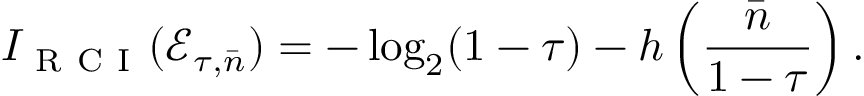
I _ { \mathrm { ~ R ~ C ~ I ~ } } ( \mathcal { E } _ { \tau , \bar { n } } ) = - \log _ { 2 } ( 1 - \tau ) - h \left( \frac { \bar { n } } { 1 - \tau } \right) .